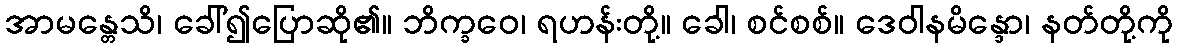
အာမန္တေသိ၊ ခေါ်၍ပြောဆို၏။ ဘိက္ခဝေ၊ ရဟန်းတို့။ ခေါ၊ စင်စစ်။ ဒေဝါနမိန္ဒော၊ နတ်တို့ကို